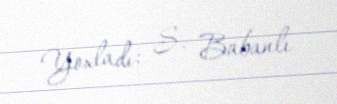
Yoxladı: S. Babanlı